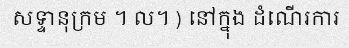
សទ្ទានុក្រម ។ ល។ ) នៅក្នុង ដំណើរការ